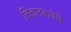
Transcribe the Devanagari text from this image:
विज्ञानकथेचे